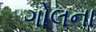
ગોલના